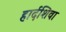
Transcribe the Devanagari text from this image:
हार्दशिवा